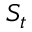
S _ { t }